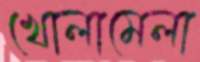
খোলামেলা